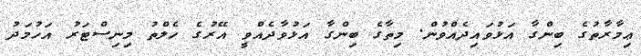
ޢިމާރާތުގެ ބިންގާ އަޅުވައިދެއްވުން. މިތާގެ ބިންގާ އަޅުވާދެއްވީ އޭރުގެ ހެލްތު މިނިސްޓަރު އަހުމަދު